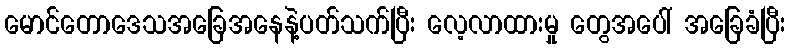
မောင်တောဒေသအခြေအနေနဲ့ပတ်သက်ပြီး လေ့လာထားမှု တွေအပေါ် အခြေခံပြီး